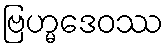
ဗြဟ္မဒေဝဿ